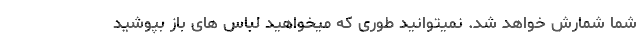
شما شمارش خواهد شد. نمیتوانید طوری که میخواهید لباس های باز بپوشید